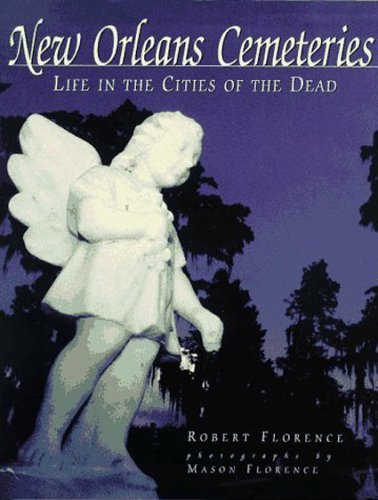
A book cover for New Orleans Cemeteries: Life in the Cities of the Dead; Robert Florence; Travel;